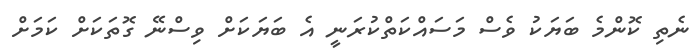
ނެތި ކޮންމެ ބަޔަކު ވެސް މަސައްކަތްކުރަނީ އެ ބަޔަކަށް ވިސްނޭ ގޮތަކަށް ކަމަށް